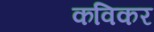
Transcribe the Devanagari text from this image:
कविकर